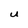
Character: U